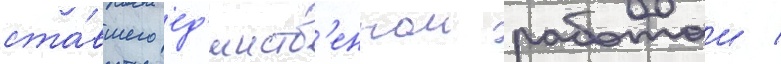
ста́вшего ед'инств'еннои работои /